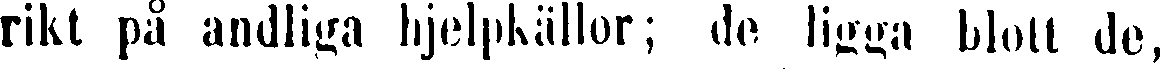
rikt på andliga hjelpkällor; de ligga blott de,